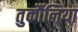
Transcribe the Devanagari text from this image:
तुर्कौलिया